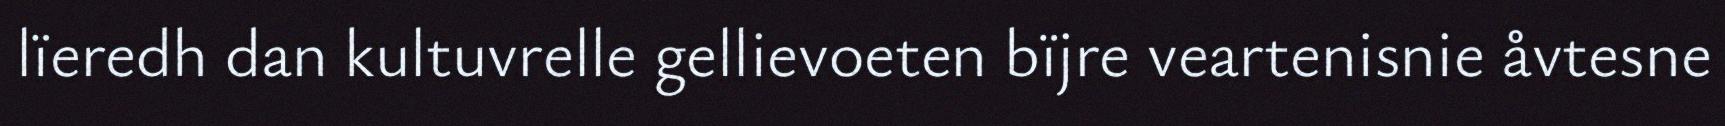
lïeredh dan kultuvrelle gellievoeten bïjre veartenisnie åvtesne